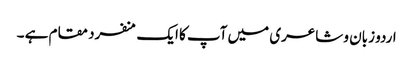
اردو زبان و شاعری میں آپ کا ایک منفرد مقام ہے ۔